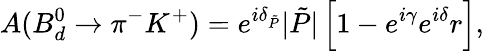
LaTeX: A(B_{d}^{0}\to\pi^{-}K^{+})=e^{i\delta_{\tilde{P}}}|\tilde{P}|\left[1-e^{i\gamma}e^{i\delta}r\right],